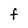
Character: F